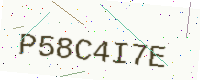
Text: P58C4I7E